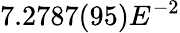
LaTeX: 7.2787(95)E^{-2}